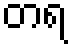
တရ